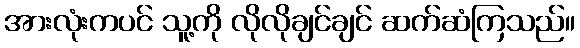
အားလုံးကပင် သူ့ကို လိုလိုချင်ချင် ဆက်ဆံကြသည်။